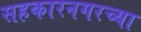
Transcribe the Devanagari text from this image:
सहकारनगरच्या